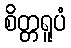
စိတ္တရူပံ